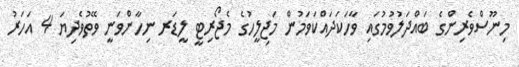
މިނޫސްވެރިންގެ ބައްދަލުވުމުގައި ވާހަކަދައްކަވަމުން މަޖިލީހުގެ މެޖޯރިޓީ ލީޑަރ ނިހާންވަނީ ވޭތުވެދިޔަ 4 އަހަރު